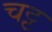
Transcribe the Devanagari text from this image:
चट्ट